Indian journal of veterinary science and animal husbandry - Volumes 15-17, 1948-1951
Year: 1948
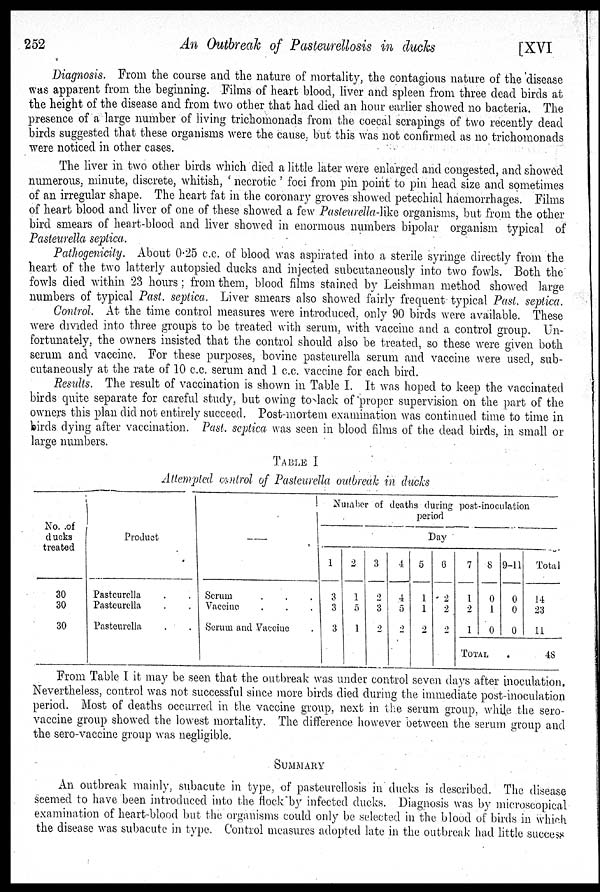
252
An Outbreak of Pasteurellosis in ducks
[XVI
Diagnosis. From the course and the nature of mortality, the contagious nature of the disease
was apparent from the beginning. Films of heart blood, liver and spleen from three dead birds at
the height of the disease and from two other that had died an hour earlier showed no bacteria. The
presence of a large number of living trichomonads from the coecal scrapings of two recently dead
birds suggested that these organisms were the cause, but this was not confirmed as no trichomonads
were noticed in other cases.
The liver in two other birds which died a little later were enlarged and congested, and showed
numerous, minute, discrete, whitish, ' necrotic ' foci from pin point to pin head size and sometimes
of an irregular shape. The heart fat in the coronary groves showed petechial haemorrhages. Films
of heart blood and liver of one of these showed a few Pasteurella-like organisms, but from the other
bird smears of heart-blood and liver showed in enormous numbers bipolar organism typical of
Pasteurella septica.
Pathogenicity. About 0.25 c.c. of blood was aspirated into a sterile syringe directly from the
heart of the two latterly autopsied ducks and injected subcutaneously into two fowls. Both the
fowls died within 23 hours ; from them, blood films stained by Leishman method showed large
numbers of typical Past. septica. Liver smears also showed fairly frequent typical Past. septica.
Control. At the time control measures were introduced, only 90 birds were available. These
were divided into three groups to be treated with serum, with vaccine and a control group. Un-
fortunately, the owners insisted that the control should also be treated, so these were given both
serum and vaccine. For these purposes, bovine pasteurella serum and vaccine were used, sub-
cutaneously at the rate of 10 c.c. serum and 1 c.c. vaccine for each bird.
Results. The result of vaccination is shown in Table I. It was hoped to keep the vaccinated
birds quite separate for careful study, but owing to lack of proper supervision on the part of the
owners this plan did not entirely succeed. Post-mortem examination was continued time to time in
birds dying after vaccination. Past. septica was seen in blood films of the dead birds, in small or
large numbers.
TABLE I
Attempted control of Pasteurella outbreak in ducks
No. of
ducks
treated
30
30
30
Product
Pasteurella . .
Pasteurella . .
Pasteurella . .
Serum . . .
Vaccine . . .
Serum and Vaccine .
Number of deaths during post-inoculation
Day
1
3
3
3
2
1
5
1
3
2
3
2
4
4
5
2
5
1
1
2
6
2
2
2
7
1
2
1
8
0
1
0
9-11
0
0
0
TOTAL
Total
14
23
11
48
From Table I it may be seen that the outbreak was under control seven days after inoculation.
Nevertheless, control was not successful since more birds died during the immediate post-inoculation
period. Most of deaths occurred in the vaccine group, next in the serum group, while the sero-
vaccine group showed the lowest mortality. The difference however between the serum group and
the sero-vaccine group was negligible.
SUMMARY
An outbreak mainly, subacute in type, of pasteurellosis in ducks is described. The disease
seemed to have been introduced into the flock by infected ducks. Diagnosis was by microscopical
examination of heart-blood but the organisms could only be selected in the blood of birds in which
the disease was subacute in type. Control measures adopted late in the outbreak had little success